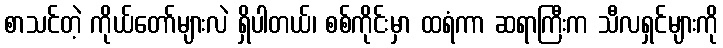
စာသင်တဲ့ ကိုယ်တော်များလဲ ရှိပါတယ်၊ စစ်ကိုင်းမှာ ထရံကာ ဆရာကြီးက သီလရှင်များကို